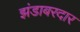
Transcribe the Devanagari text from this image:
झंडाबरदार